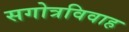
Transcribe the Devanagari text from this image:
सगोत्रविवाह